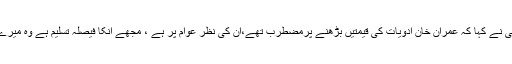
عامر کیانی نے کہا کہ عمران خان ادویات کی قیمتیں بڑھنے پرمضطرب تھے،ان کی نظر عوام پر ہے ، مجھے انکا فیصلہ تسلیم ہے وہ میرے لیڈر ہیں۔